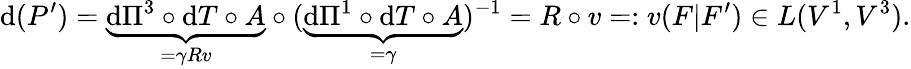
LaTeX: \mathrm{d}(P^{\prime})=\underbrace{\mathrm{d}\Pi^{3}\circ\mathrm{d}T\circ A}_{=\gamma Rv}\circ(\underbrace{\mathrm{d}\Pi^{1}\circ\mathrm{d}T\circ A}_{=\gamma})^{-1}=R\circ v=:v(F|F^{\prime})\in L(V^{1},V^{3}).